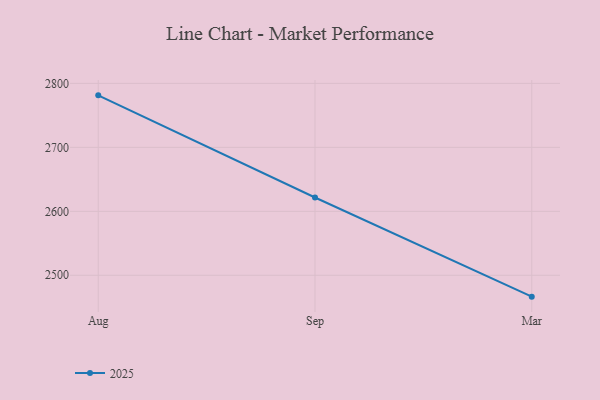
{"axis": {"x": "Month", "y": "Conversion Rate (%)"}, "legend": ["2025"], "data": [{"x": "Aug", "y": 2781.3, "type": "2025"}, {"x": "Sep", "y": 2621.6, "type": "2025"}, {"x": "Mar", "y": 2466.6, "type": "2025"}]}